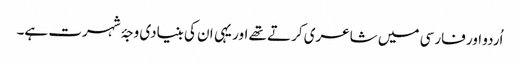
اُردو اور فارسی میں شاعری کرتے تھے اور یہی ان کی بنیادی وجۂ شہرت ہے۔